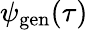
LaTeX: \psi_{\mathrm{gen}}(\tau)